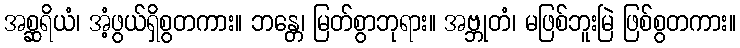
အစ္ဆရိယံ၊ အံ့ဖွယ်ရှိစွတကား။ ဘန္တေ၊ မြတ်စွာဘုရား။ အဗ္ဘုတံ၊ မဖြစ်ဘူးမြဲ ဖြစ်စွတကား။